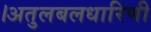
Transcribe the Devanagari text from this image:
।अतुलबलधारिणी